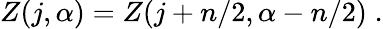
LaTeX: Z(j,\alpha)=Z(j+n/2,\alpha-n/2)\; .